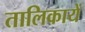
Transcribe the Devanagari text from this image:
तालिकायें